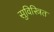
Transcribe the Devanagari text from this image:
सुविस्त्रित